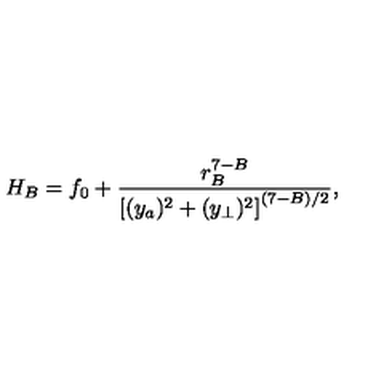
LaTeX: H _ { B } = f _ { 0 } + { \frac { r _ { B } ^ { 7 - B } } { \left[ ( { { { y } } _ { a } } ) ^ { 2 } + ( { { { y } } _ { \perp } } ) ^ { 2 } \right] ^ { ( 7 - B ) / 2 } } } ,